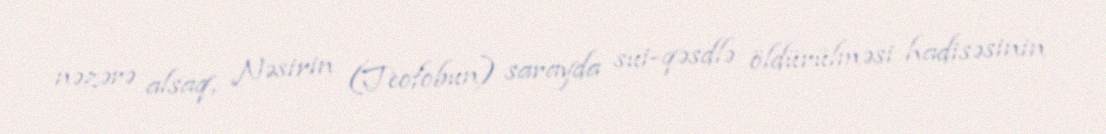
nəzərə alsaq, Nəsirin (Teofobun) sarayda sui-qəsdlə öldürülməsi hadisəsinin